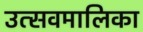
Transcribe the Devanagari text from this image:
उत्सवमालिका